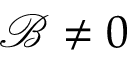
\mathcal { B } \neq 0